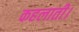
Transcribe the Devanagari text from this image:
कहलाती।